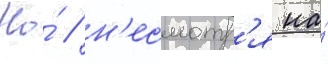
Но́ / н'есмотр'я на́